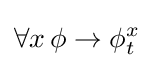
\forall x\,\phi \to \phi _{t}^{x}